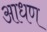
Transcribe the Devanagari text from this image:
आधण